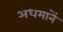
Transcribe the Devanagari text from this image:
अधमानें